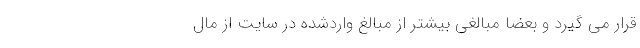
قرار می گیرد و بعضا مبالغی بیشتر از مبالغ واردشده در سایت از مال‌